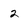
Character: 2